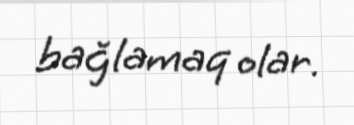
bağlamaq olar.